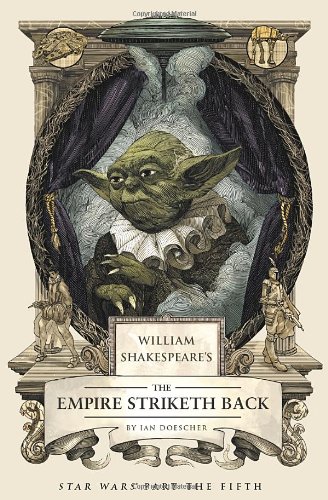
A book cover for William Shakespeare's The Empire Striketh Back (William Shakespeare's Star Wars); Ian Doescher; Science Fiction & Fantasy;